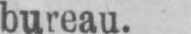
bureau.